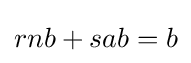
rnb+sab=b